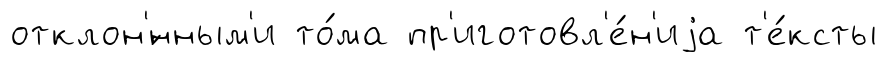
отклон'́нным'и то́ма пр'иготовл'е́н'иjа т'е́ксты